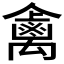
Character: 𱵺